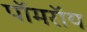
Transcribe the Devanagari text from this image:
पॉमरॉय